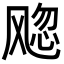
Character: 𬲀